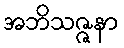
အဘိသဇ္ဇနာ